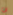
ان